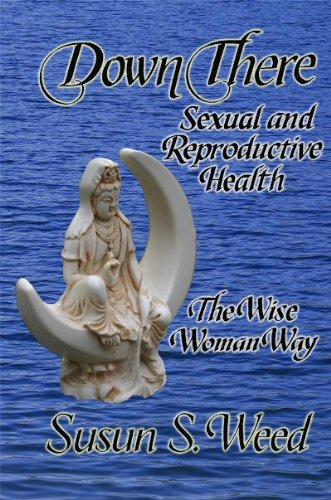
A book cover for Down There: Sexual and Reproductive Health the Wise Woman Way (Wise Woman Herbal Series); Susun S. Weed; Health, Fitness & Dieting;